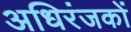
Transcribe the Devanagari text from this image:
अधिरंजकों